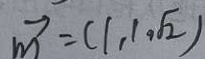
\overrightarrow { M } = ( 1 , 1 , \sqrt { 2 } )